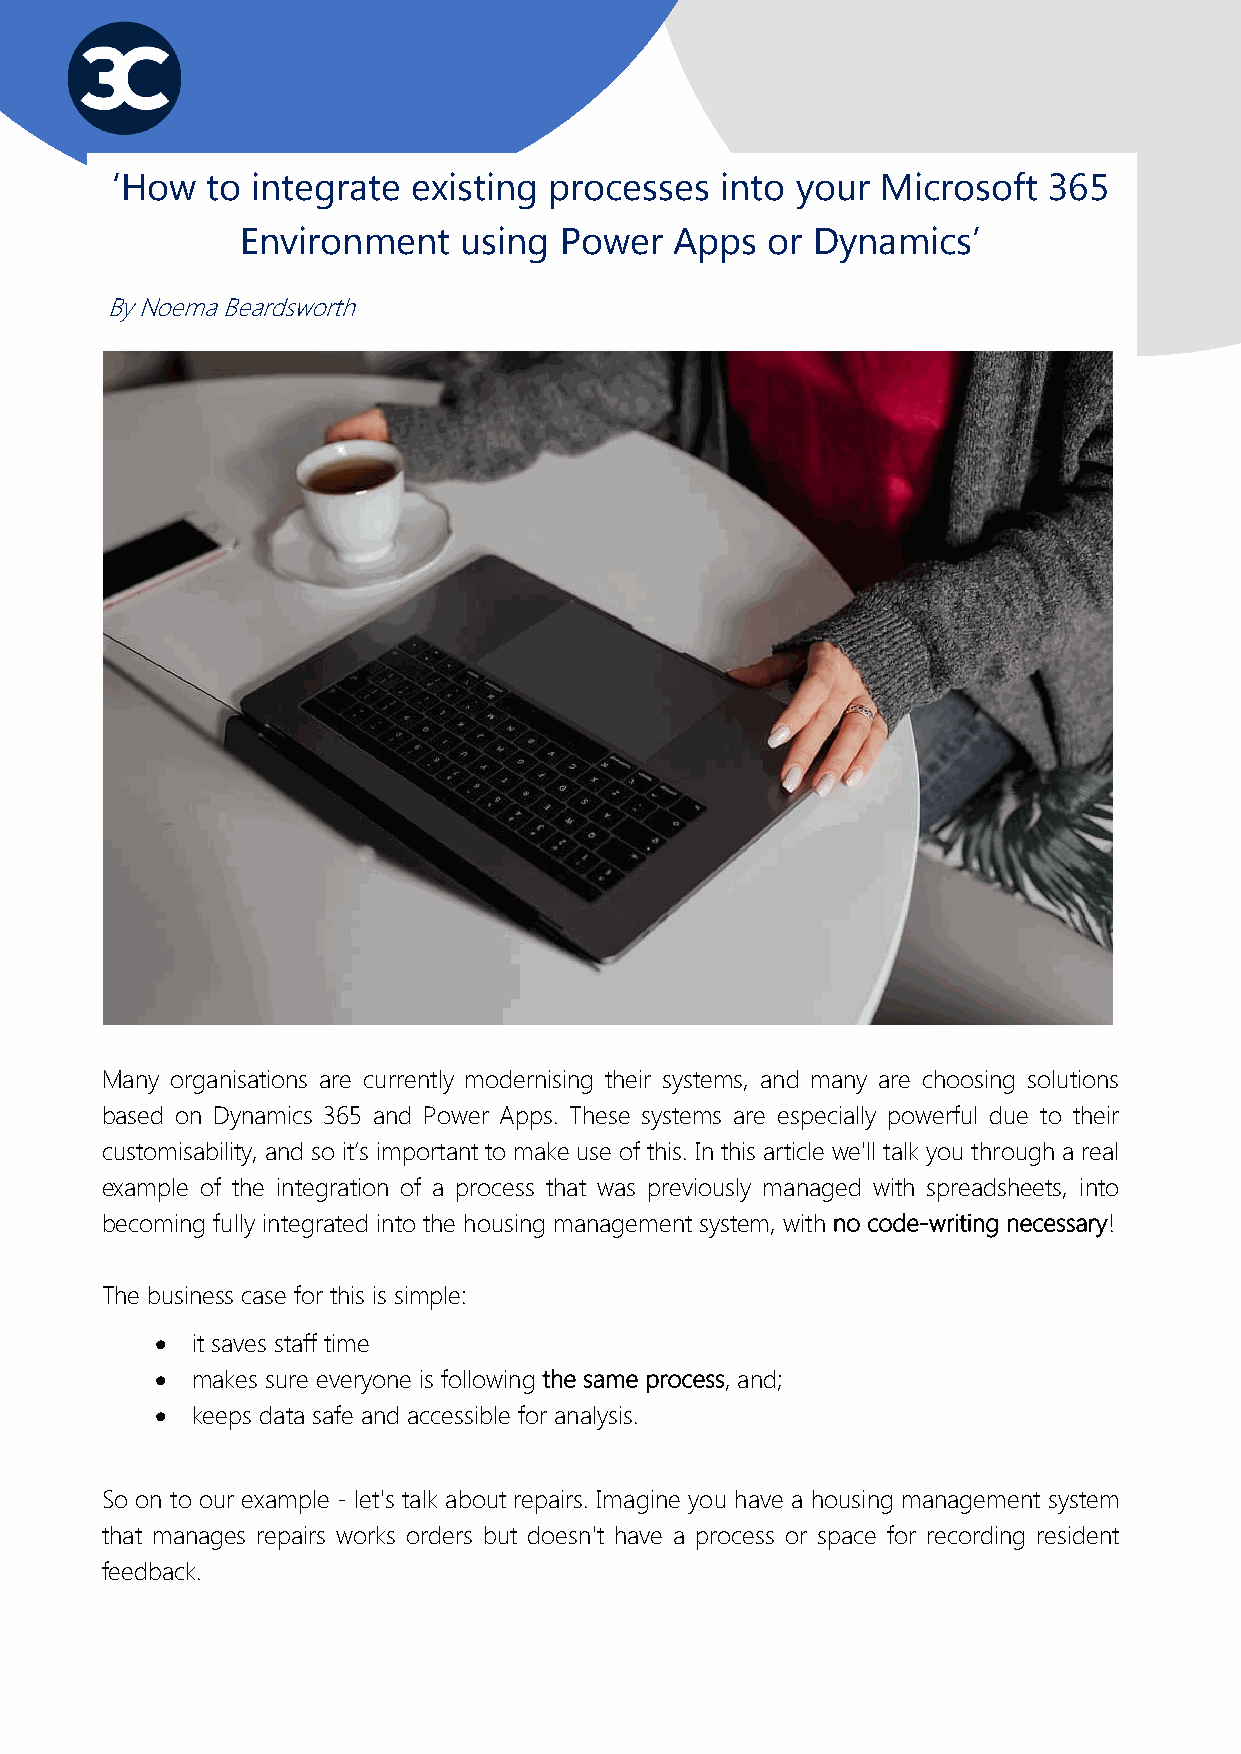
3C  Consultants
 ‘How   to integrate existing processes   into your Microsoft  365
 Environment   using  Power   Apps  or Dynamics’
 By Noema Beardsworth
 Many organisations are currently modernising their systems, and many are choosing solutions
 based on Dynamics 365 and Power Apps. These systems are especially powerful due to their
 customisability, and so it’s important to make use of this. In this article we'll talk you through a real
 example of the integration of a process that was previously managed with spreadsheets, into
 becoming fully integrated into the housing management system, with no code-writing necessary!
 The business case for this is simple:
 •  it saves staff time
 •  makes sure everyone is following the same process, and;
 •  keeps data safe and accessible for analysis.
 So on to our example - let's talk about repairs. Imagine you have a housing management system
 that manages repairs works orders but doesn't have a process or space for recording resident
 feedback.